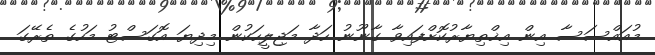
މުއައްސަސާ އިން އިޚްތިޔާރުކޮށްފައިވާ ގާނޫނު ހަދާ މަޖިލީހަކުން މިދިޔަ އޮގަސްޓު މަހުގެ ތެރޭގަ